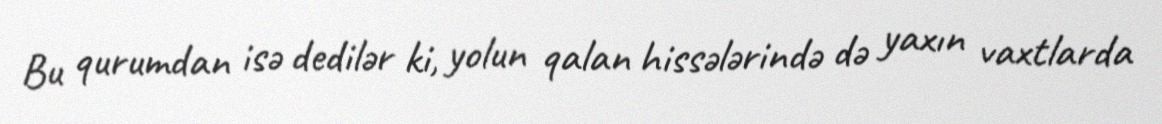
Bu qurumdan isə dedilər ki, yolun qalan hissələrində də yaxın vaxtlarda